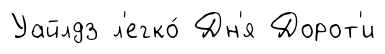
Уайлдз л'егко́ Дн'я Дорот'и